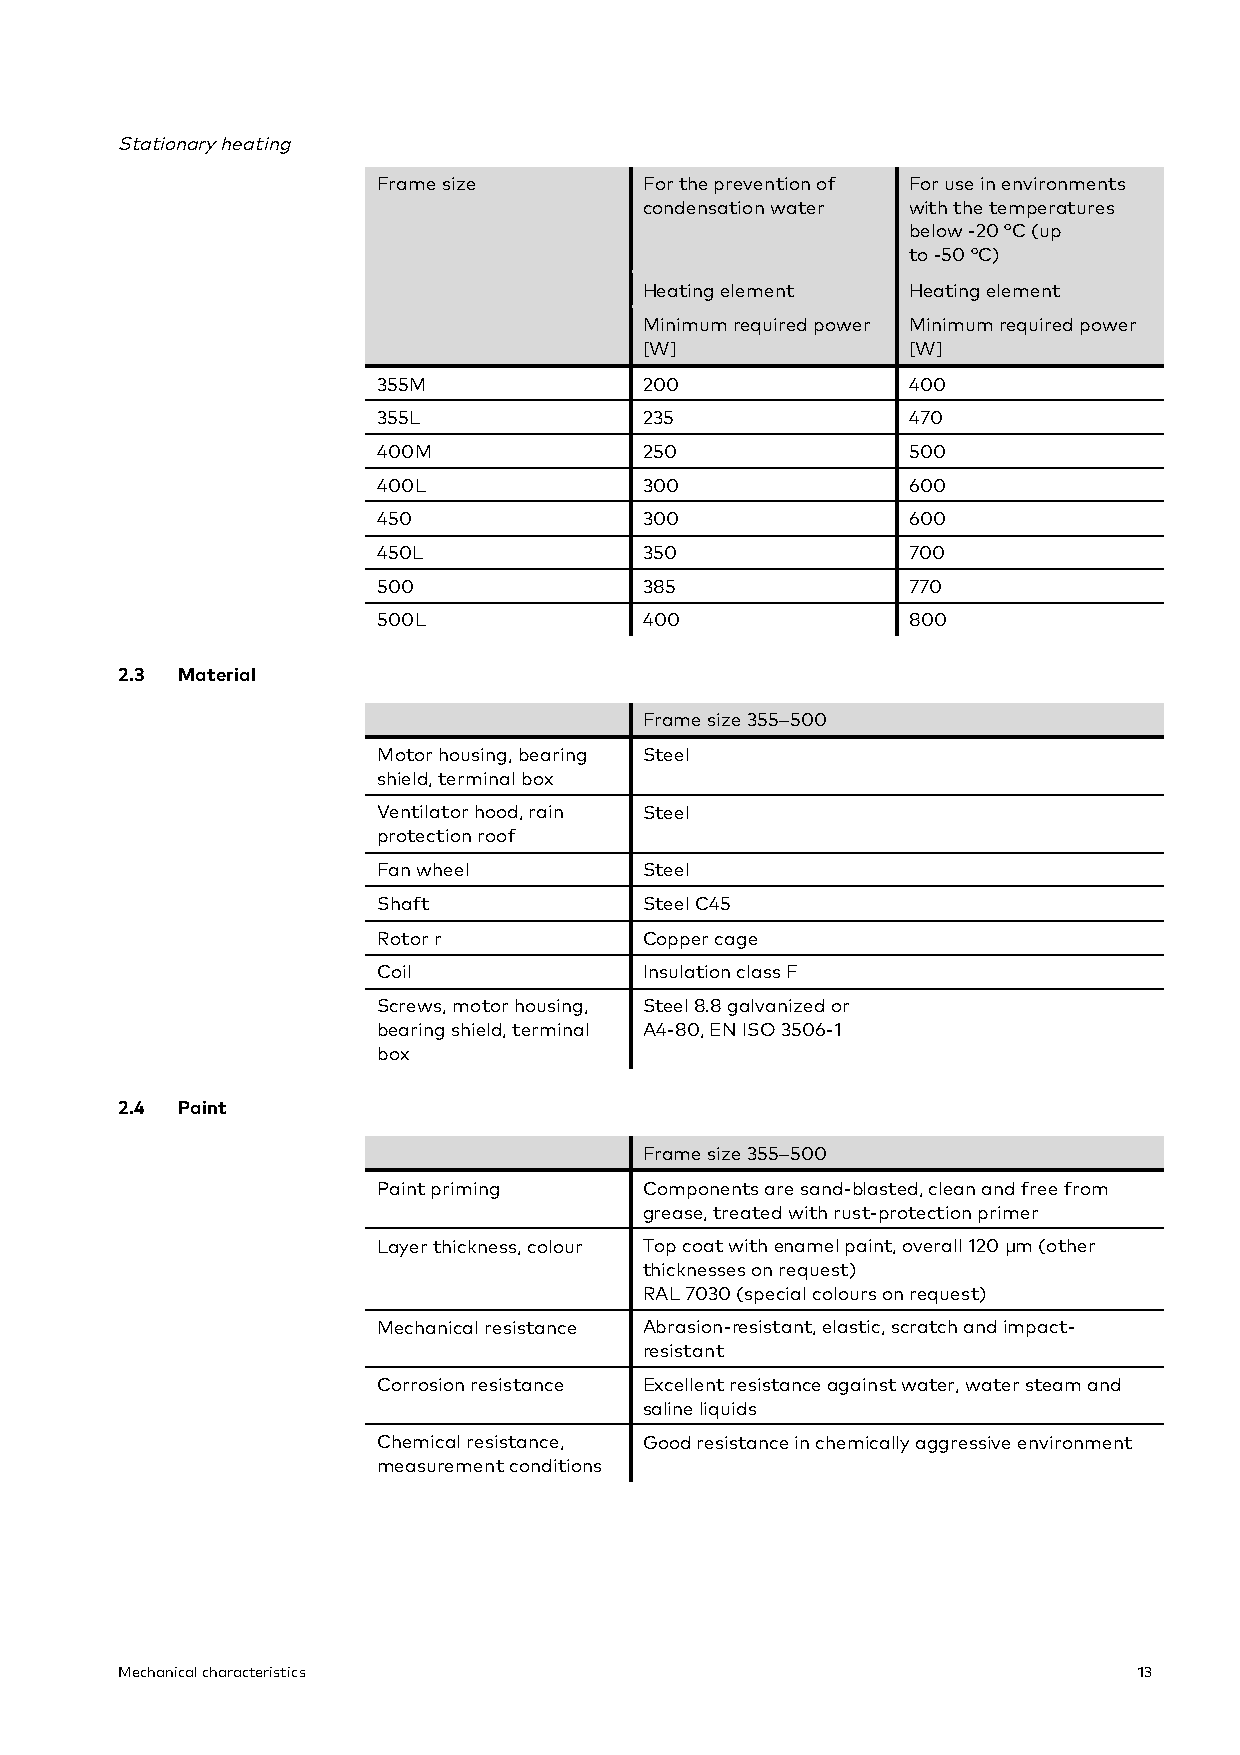
Stationary heating
 Frame size        For the prevention of For use in environments
 condensation water with the temperatures
 below -20 °C (up
 to -50 °C)
 Heating element  Heating element
 Minimum required power Minimum required power
 [W]              [W]
 355M              200              400
 355L              235              470
 400M              250              500
 400L              300              600
 450               300              600
 450L              350              700
 500               385              770
 500L              400              800
 2.3 Material
 Frame size 355–500
 Motor housing, bearing Steel
 shield, terminal box
 Ventilator hood, rain Steel
 protection roof
 Fan wheel         Steel
 Shaft             Steel C45
 Rotor r           Copper cage
 Coil              Insulation class F
 Screws, motor housing, Steel 8.8 galvanized or
 bearing shield, terminal A4-80, EN ISO 3506-1
 box
 2.4 Paint
 Frame size 355–500
 Paint priming     Components are sand-blasted, clean and free from
 grease, treated with rust-protection primer
 Layer thickness, colour Top coat with enamel paint, overall 120 µm (other
 thicknesses on request)
 RAL 7030 (special colours on request)
 Mechanical resistance Abrasion-resistant, elastic, scratch and impact-
 resistant
 Corrosion resistance Excellent resistance against water, water steam and
 saline liquids
 Chemical resistance, Good resistance in chemically aggressive environment
 measurement conditions
 Mechanical characteristics                                         13